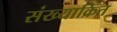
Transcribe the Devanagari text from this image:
संख्याक्रित